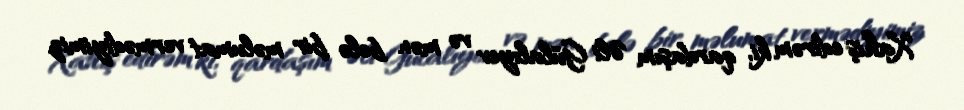
Xahiş edirəm ki, qardaşım Əli Gülalıyev və mən belə bir məlumat vermədiyimiz